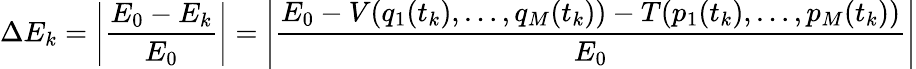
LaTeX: \Delta E_{k}=\left|\frac{E_{0}-E_{k}}{E_{0}}\right|=\left|\frac{E_{0}-V(q_{1}(t_{k}),\dots,q_{M}(t_{k}))-T(p_{1}(t_{k}),\dots,p_{M}(t_{k}))}{E_{0}}\right|